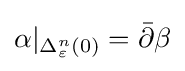
\alpha |_{\Delta _{\varepsilon }^{n}(0)}={\bar {\partial }}\beta